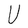
Character: U